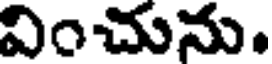
వించును.